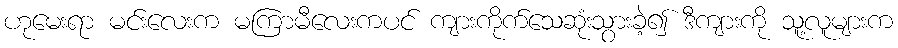
ဟုမေးရာ မင်းလေးက မကြာမီလေးကပင် ကျားကိုက်သေဆုံးသွားခဲ့၍ ဒီကျားကို သူ့လူများက